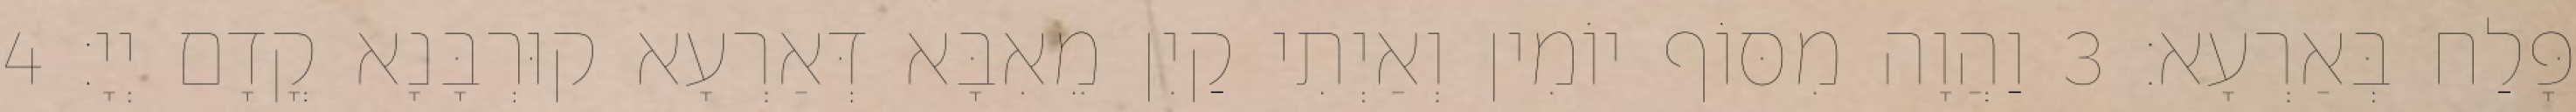
פָּלַח בְּאַרְעָא׃ 3 וַהֲוָה מִסּוֹף יוֹמִין וְאַיְתִי קַיִן מֵאִבָּא דְּאַרְעָא קוּרְבָּנָא קֳדָם יְיָ׃ 4